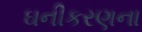
ઘનીકરણના